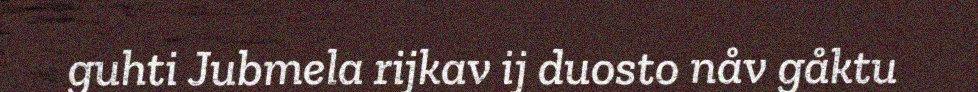
guhti Jubmela rijkav ij duosto nåv gåktu